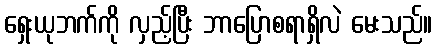
ရှေးယုဘက်ကို လှည့်ပြီး ဘာပြောစရာရှိလဲ မေးသည်။